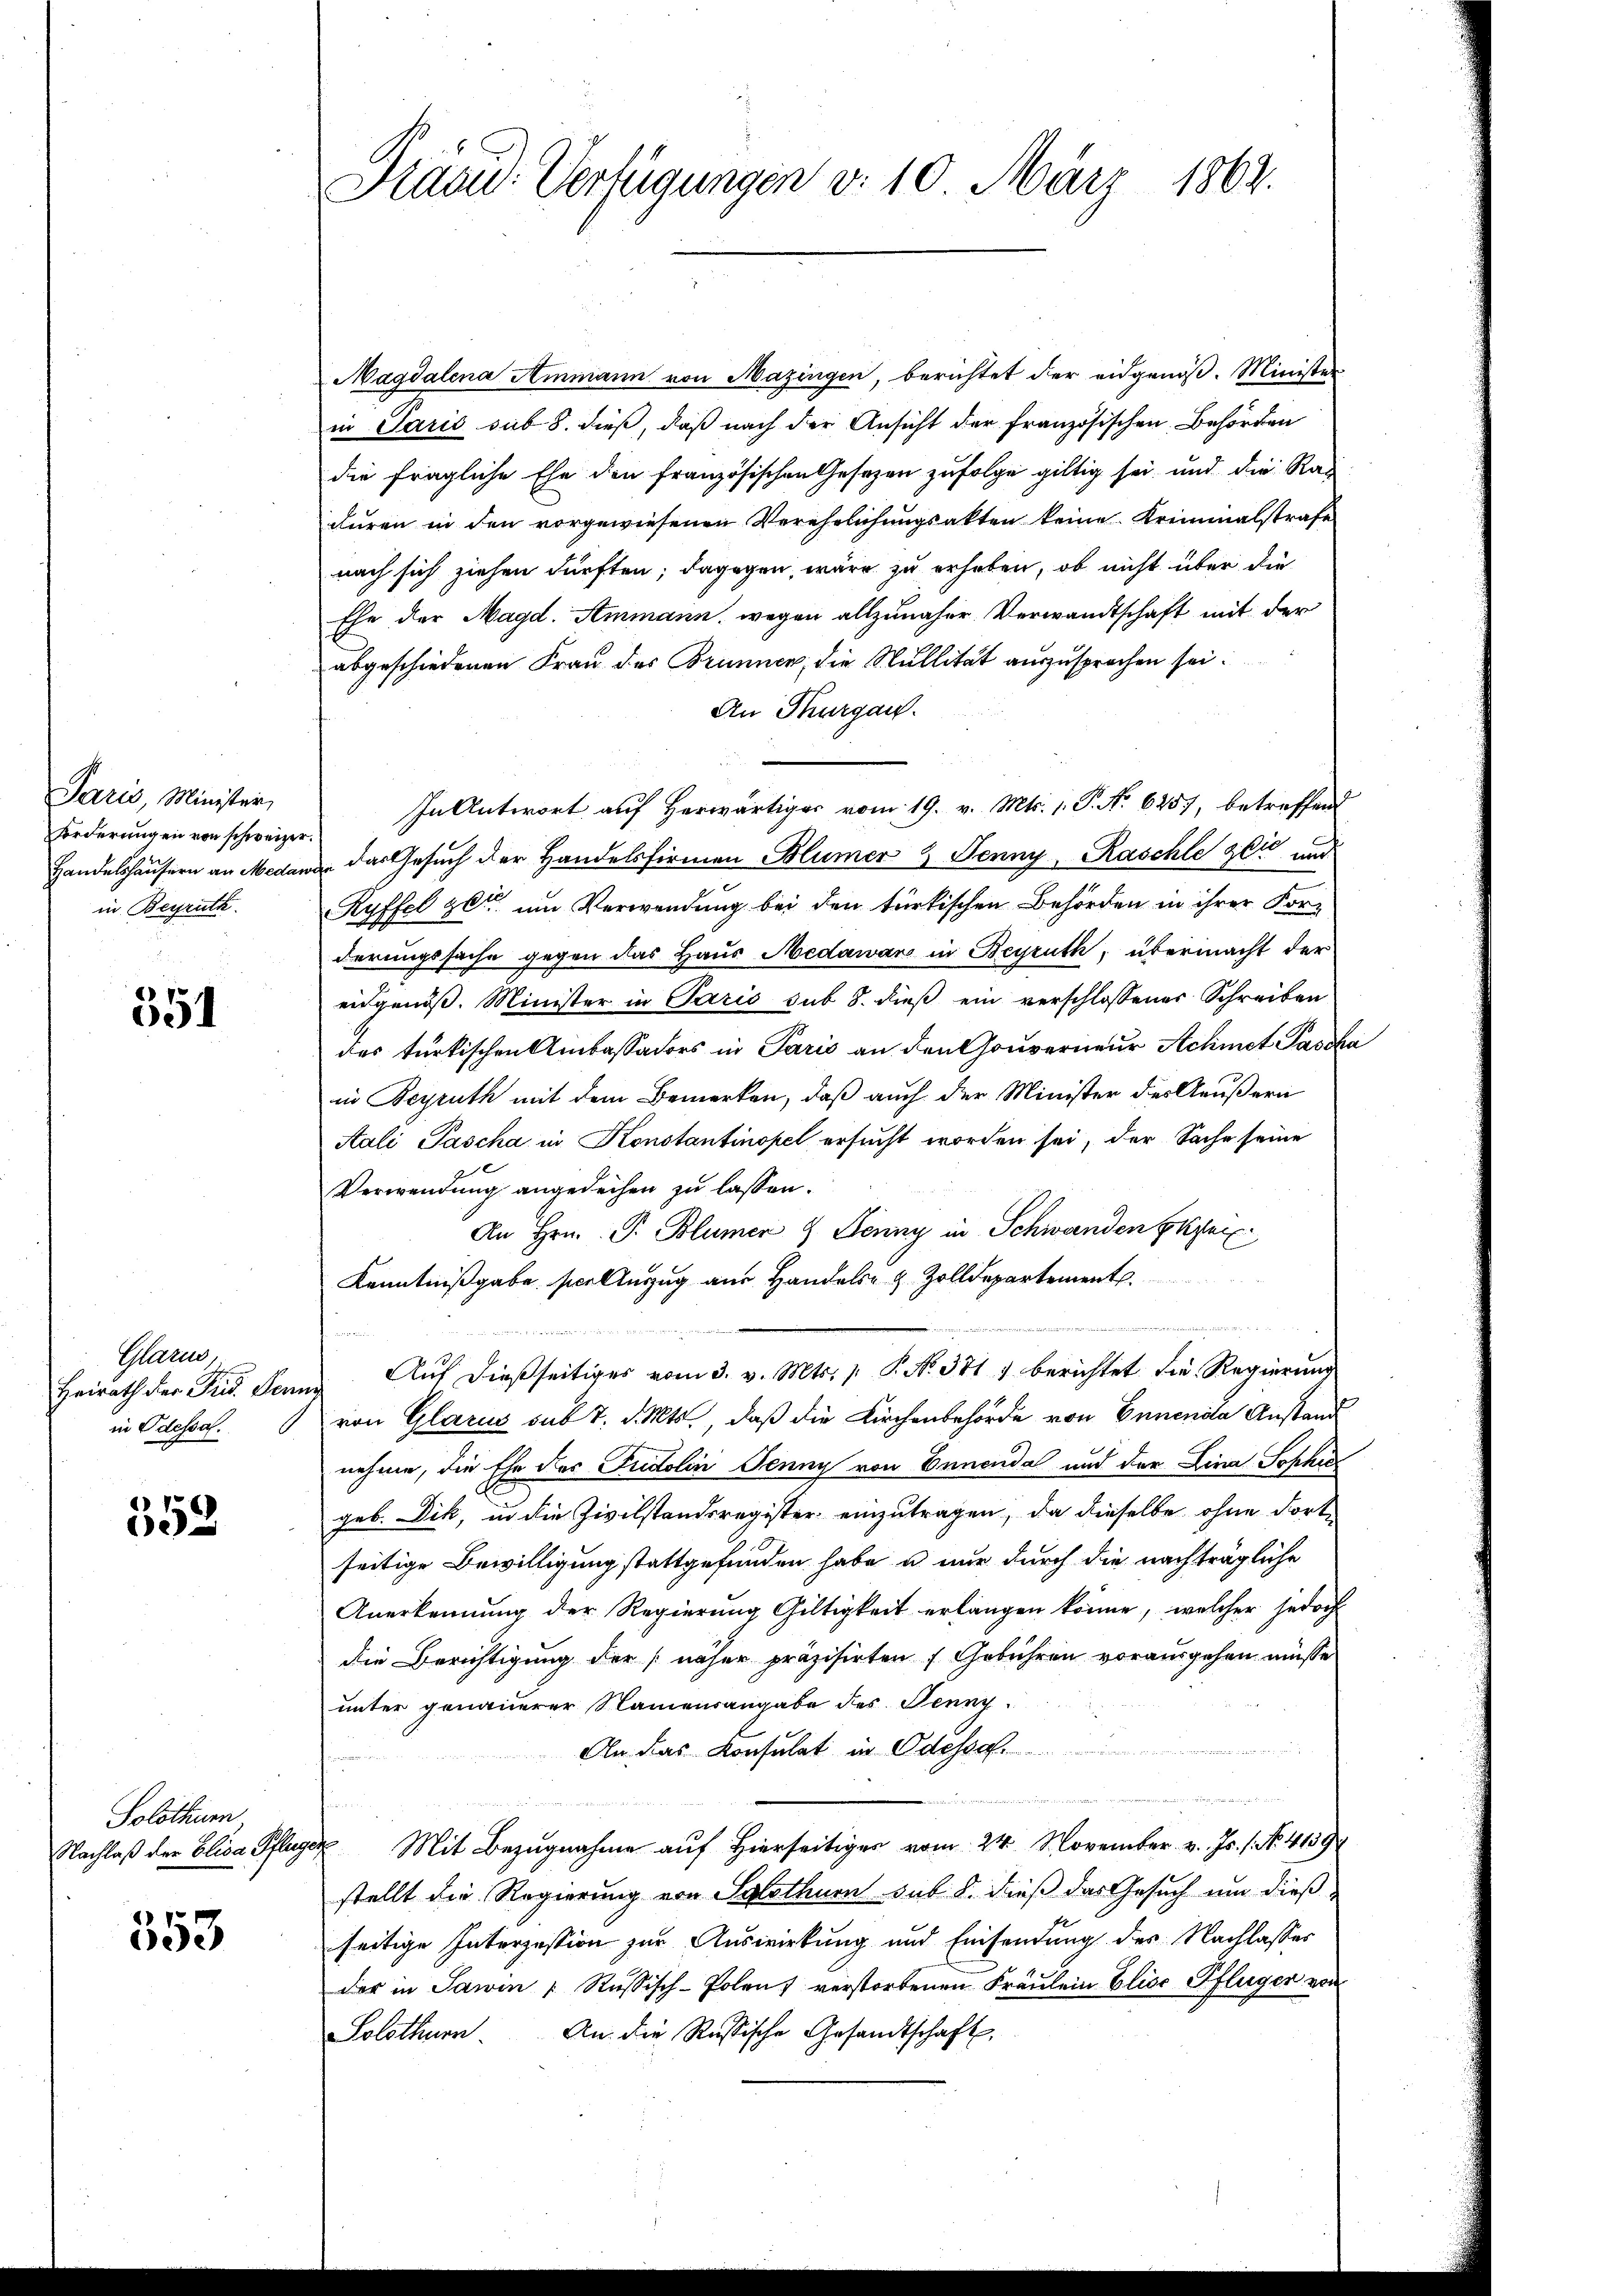
Paris, Minister,
Forderungen von schweizer
Handelshäusern an Medan
in Beiruth

351

Mann,
Heirath der Prid. Denn
in Odessal.

358

Solothurn
Nachlaß der Elisa Pflug

353

Käad: Verfügungen d. 10. März 1864.

Magdalena Ammann von Mazingen, berichtet der eidgenöß. Minister
in Paris sub 8. dieß, daß nach der Ansicht der französischen Behörden
die fragliche Ehe den französischen Gesezen zufolge giltig sei und die Rat
duren in den vorgewiesenen Verehelichungsakten keine Kriminalstrafe
nach sich ziehen dürften; dagegen, wäre zu erheben, ob nicht über die
Ehe der Magd. Ammann, wegen allzunäher Verwandtschaft mit der
abgeschiedenen Frau des Brunnen, die Mullität auszusprochen sei.
An Thurgau.
In Antwort auf herwärtiger vom 19. v. Mts. 1. P. Nr. 6257, betreffen
 das Gesuch der Handelsfirmen Blümer & Jenny, Raschle zeit und
Ryffel zu um Verwendung bei den türkischen Behörden in ihrer Forderungssache gegen das Haus Medawar in Beyruth, übermacht der
eidgenöß. Minister in Paris sub 8. dieß ein verschlossenes Schreiben
des türkischen Ambassators in Paris an den Gouverneur Achmet Passha
in Beyruth mit dem Bemerken, daß auch der Minister des Aeußern
Aali Pascha in Konstantinopel ersucht worden sei, der Sache seine
x
Verwendung angedeihen zu lassen.
An Hrn. Pr. Blümer & Jenny in Schwanden Skru
Kenntnißgabe scellenzug aus Handels z. Zolldepartement
m
  , die
Auf dießseitiges vom 3. v. Mts. 1 P. N. 371) berichtet die Regierung
von Glarus sub 7. d. Mts., daß die Kirchenbehörde von Ennenda Anstand
nehme, die Ehe das Pudolin Jenny von Ennenda und der Lina Sophis
geb. Dik, in die Zivilstandsregister einzutragen, da dieselbe ohne dorte
seitige Bewilligung stattgefunden habe u nur durch die nachträgliche
Anerkennung der Regierung Giltigkeit erlangen könne, welcher jedoch
die Berichtigung der näher präzisirten (Gebühren vorausgehen müsse
unter genauerer Namensangabe des Jenny
An das Konsulat in Odessa.
u
n
u Mit Bezugnahme auf Hierseitiger vom 24. November v. Js. 1. No. 41394
stellt die Regierung von Solothurn sub 8. dieß das Gesuch um dieß-
seitige Interzustion zur Auswirkung und Einsendung des Nachlasses
der in Sawin : Russisch-Polen, verstorbenen Fräulein Elise Pflüger von
Solothurn An die Russische Gesandtschaft,